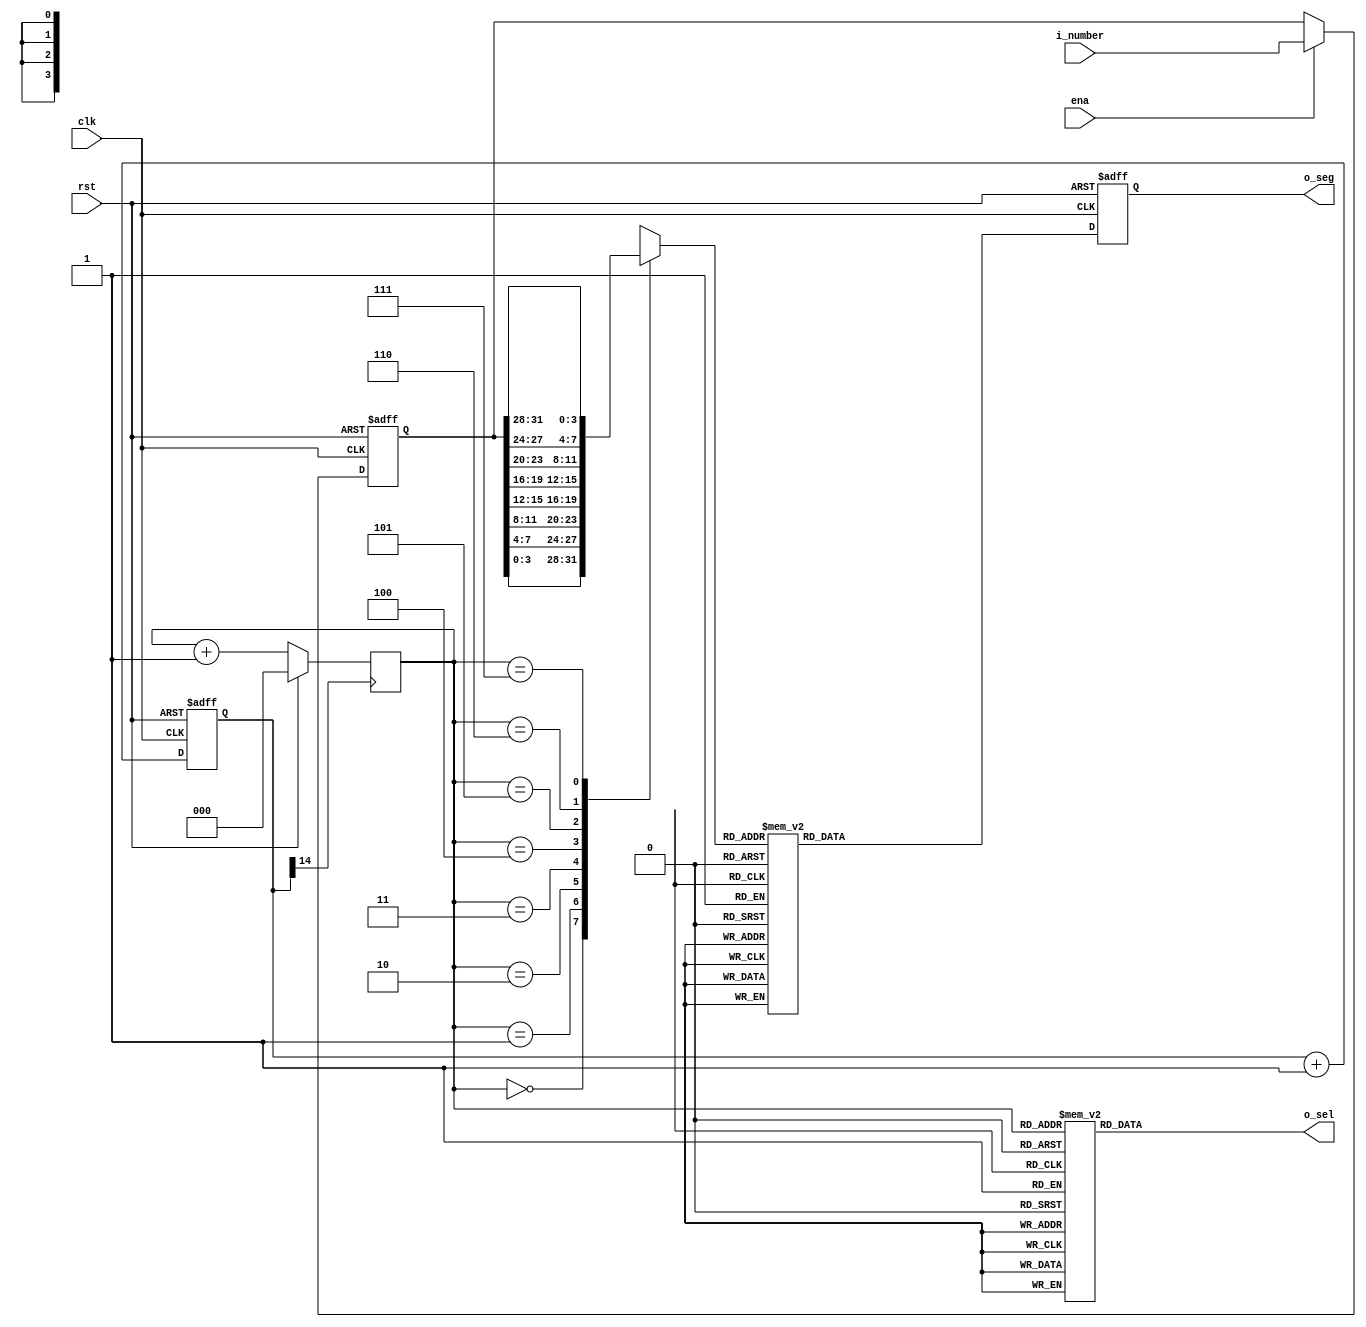
`timescale 1ns / 1ps

module Seg7x16(
    input clk,
    input rst,
    input ena,
    input [31:0] i_number,
    output [7:0] o_seg,
    output [7:0] o_sel
    );

    reg [3:0] seg_data_r;
    reg [7:0] o_seg_r;
    reg [14:0] cnt;
    reg [7:0] o_sel_r;
    wire dt_clk = cnt[14]; 
    reg [2:0] dt_addr;
    reg [31:0] i_number_store;

    assign o_sel = o_sel_r;
    assign o_seg = o_seg_r;

    // CLK_divider(clk, rst, dt_clk);

    always @(posedge clk or posedge rst) 
    begin
        if (rst) 
            cnt <= 0;
        else 
            cnt <= cnt + 1'b1;
    end

    always @(posedge dt_clk) 
    begin
        if (rst) 
            dt_addr <= 0;
        else
            dt_addr <= dt_addr + 1'b1;
    end

    always @(*)
    begin
        case (dt_addr)
            7 : o_sel_r = 8'b01111111;
            6 : o_sel_r = 8'b10111111;
            5 : o_sel_r = 8'b11011111;
            4 : o_sel_r = 8'b11101111;
            3 : o_sel_r = 8'b11110111;
            2 : o_sel_r = 8'b11111011;
            1 : o_sel_r = 8'b11111101;
            0 : o_sel_r = 8'b11111110;
        endcase
    end
    
    always @(posedge clk or posedge rst) 
    begin
        if (rst) 
            i_number_store <= 0;
        else if (ena) 
            i_number_store <= i_number;
    end

    always @(*) 
    begin
        case (dt_addr)
              0 : seg_data_r = i_number_store[3:0];
              1 : seg_data_r = i_number_store[7:4];
              2 : seg_data_r = i_number_store[11:8];
              3 : seg_data_r = i_number_store[15:12];
              4 : seg_data_r = i_number_store[19:16];
              5 : seg_data_r = i_number_store[23:20];
              6 : seg_data_r = i_number_store[27:24];
              7 : seg_data_r = i_number_store[31:28];
        endcase    
    end

    always @(posedge clk or posedge rst) 
    begin
        if (rst) 
            o_seg_r <= 8'hff;
        else 
        begin
            case(seg_data_r)
                4'h0 : o_seg_r <= 8'b11000000;
                4'h1 : o_seg_r <= 8'b11111001;
                4'h2 : o_seg_r <= 8'b10100100;
                4'h3 : o_seg_r <= 8'b10110000;
                4'h4 : o_seg_r <= 8'b10011001;
                4'h5 : o_seg_r <= 8'b10010010;
                4'h6 : o_seg_r <= 8'b10000010;
                4'h7 : o_seg_r <= 8'b11111000;
                4'h8 : o_seg_r <= 8'b10000000;
                4'h9 : o_seg_r <= 8'b10010000;
                4'hA : o_seg_r <= 8'b10001000;
                4'hB : o_seg_r <= 8'b10000011;
                4'hC : o_seg_r <= 8'b11000110;
                4'hD : o_seg_r <= 8'b10100001;
                4'hE : o_seg_r <= 8'b10000110;
                4'hF : o_seg_r <= 8'b10001110;
            endcase
        end
    end
endmodule